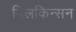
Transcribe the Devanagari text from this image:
विलकिन्सन